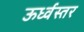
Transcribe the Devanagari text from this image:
ऊर्ध्वस्तर